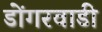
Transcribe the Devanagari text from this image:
डोंगरवाडी